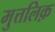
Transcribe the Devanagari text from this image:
मुत्तलिक़